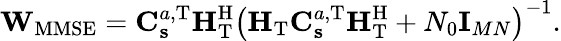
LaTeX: \mathbf{W}_{\mathrm{MMSE}}=\mathbf{C}_{\mathbf{s}}^{a,\mathrm{T}}\mathbf{H}_{\mathrm{T}}^{\mathrm{H}}\left(\mathbf{H}_{\mathrm{T}}\mathbf{C}_{\mathbf{s}}^{a,\mathrm{T}}\mathbf{H}_{\mathrm{T}}^{\mathrm{H}}+N_{0}\mathbf{I}_{MN}\right)^{-1}.